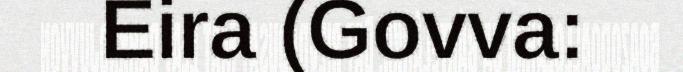
Eira (Govva: